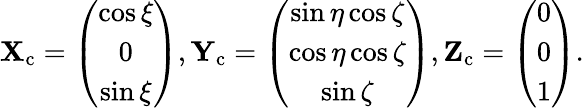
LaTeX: \textbf{X}_{\mathrm{c}}=\left(\begin{array}{c}{\cos\xi}\\ {0}\\ {\sin\xi}\end{array}\right),\textbf{Y}_{\mathrm{c}}=\left(\begin{array}{c}{\sin\eta\cos\zeta}\\ {\cos\eta\cos\zeta}\\ {\sin\zeta}\end{array}\right),\textbf{Z}_{\mathrm{c}}=\left(\begin{array}{l}{0}\\ {0}\\ {1}\end{array}\right).